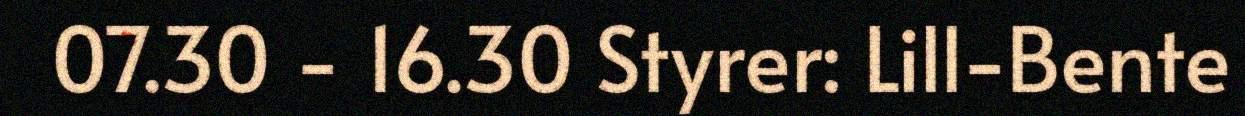
07.30 - 16.30 Styrer: Lill-Bente